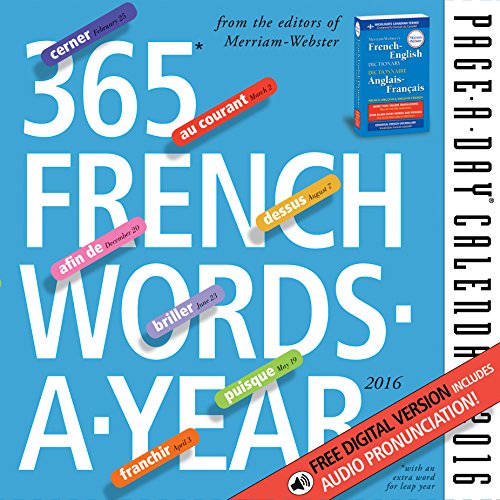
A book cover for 365 French Words-A-Year Page-A-Day Calendar 2016; Merriam-Webster; Calendars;